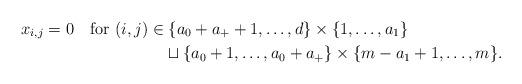
LaTeX: \begin{align*}x_{i,j}=0\quad\mbox{for }(i,j) & \in\{a_0+a_++1,\ldots,d\}\times\{1,\ldots,a_1\} \\& \quad\sqcup \{a_0+1,\ldots,a_0+a_+\}\times\{m-a_1+1,\ldots,m\}.\end{align*}